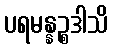
ပရမန္နဉ္စဒါသိ